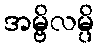
အမ္ဗိလမ္ပိ